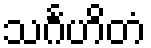
သင်္ဂဟိတံ